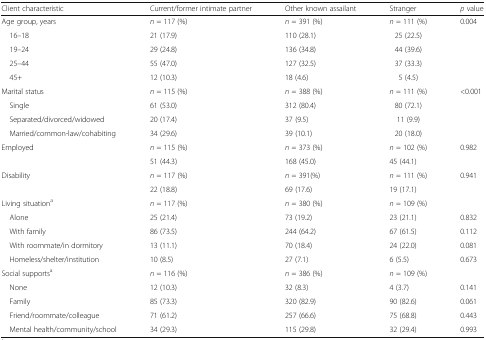
<table><thead><tr><td><b>Client characteristic</b></td><td><b>Current/former intimate partner</b></td><td><b>Other known assailant</b></td><td><b>Stranger</b></td><td><b><i>p</i> value</b></td></tr></thead><tbody><tr><td>Age group, years</td><td><i>n</i> = 117 (%)</td><td><i>n</i> = 391 (%)</td><td><i>n</i> = 111 (%)</td><td>0.004</td></tr><tr><td> 16–18</td><td>21 (17.9)</td><td>110 (28.1)</td><td>25 (22.5)</td><td></td></tr><tr><td> 19–24</td><td>29 (24.8)</td><td>136 (34.8)</td><td>44 (39.6)</td><td></td></tr><tr><td> 25–44</td><td>55 (47.0)</td><td>127 (32.5)</td><td>37 (33.3)</td><td></td></tr><tr><td> 45+</td><td>12 (10.3)</td><td>18 (4.6)</td><td>5 (4.5)</td><td></td></tr><tr><td>Marital status</td><td><i>n</i> = 115 (%)</td><td><i>n</i> = 388 (%)</td><td><i>n</i> = 111 (%)</td><td>&lt;0.001</td></tr><tr><td> Single</td><td>61 (53.0)</td><td>312 (80.4)</td><td>80 (72.1)</td><td></td></tr><tr><td> Separated/divorced/widowed</td><td>20 (17.4)</td><td>37 (9.5)</td><td>11 (9.9)</td><td></td></tr><tr><td> Married/common-law/cohabiting</td><td>34 (29.6)</td><td>39 (10.1)</td><td>20 (18.0)</td><td></td></tr><tr><td rowspan="2">Employed</td><td><i>n</i> = 115 (%)</td><td><i>n</i> = 373 (%)</td><td><i>n</i> = 102 (%)</td><td>0.982</td></tr><tr><td>51 (44.3)</td><td>168 (45.0)</td><td>45 (44.1)</td><td></td></tr><tr><td rowspan="2">Disability</td><td><i>n</i> = 117 (%)</td><td><i>n</i> = 391(%)</td><td><i>n</i> = 111 (%)</td><td>0.941</td></tr><tr><td>22 (18.8)</td><td>69 (17.6)</td><td>19 (17.1)</td><td></td></tr><tr><td>Living situation<sup>a</sup></td><td><i>n</i> = 117 (%)</td><td><i>n</i> = 380 (%)</td><td><i>n</i> = 109 (%)</td><td></td></tr><tr><td> Alone</td><td>25 (21.4)</td><td>73 (19.2)</td><td>23 (21.1)</td><td>0.832</td></tr><tr><td> With family</td><td>86 (73.5)</td><td>244 (64.2)</td><td>67 (61.5)</td><td>0.112</td></tr><tr><td> With roommate/in dormitory</td><td>13 (11.1)</td><td>70 (18.4)</td><td>24 (22.0)</td><td>0.081</td></tr><tr><td> Homeless/shelter/institution</td><td>10 (8.5)</td><td>27 (7.1)</td><td>6 (5.5)</td><td>0.673</td></tr><tr><td>Social supports<sup>a</sup></td><td><i>n</i> = 116 (%)</td><td><i>n</i> = 386 (%)</td><td><i>n</i> = 109 (%)</td><td></td></tr><tr><td> None</td><td>12 (10.3)</td><td>32 (8.3)</td><td>4 (3.7)</td><td>0.141</td></tr><tr><td> Family</td><td>85 (73.3)</td><td>320 (82.9)</td><td>90 (82.6)</td><td>0.061</td></tr><tr><td> Friend/roommate/colleague</td><td>71 (61.2)</td><td>257 (66.6)</td><td>75 (68.8)</td><td>0.443</td></tr><tr><td> Mental health/community/school</td><td>34 (29.3)</td><td>115 (29.8)</td><td>32 (29.4)</td><td>0.993</td></tr></tbody></table>